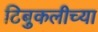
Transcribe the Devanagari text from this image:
टिबुकलीच्‍या